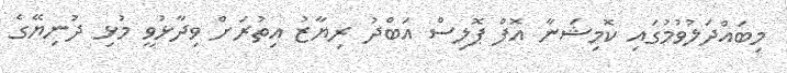
މިބައްދަލުވުމުގައި ކޮމިޝަނާ އޮފް ޕޮލިސް އަބްދު ރިޔާޒު އިތުރަށް ވިދާޅުވީ މުޅި ދުނިޔޭގެ